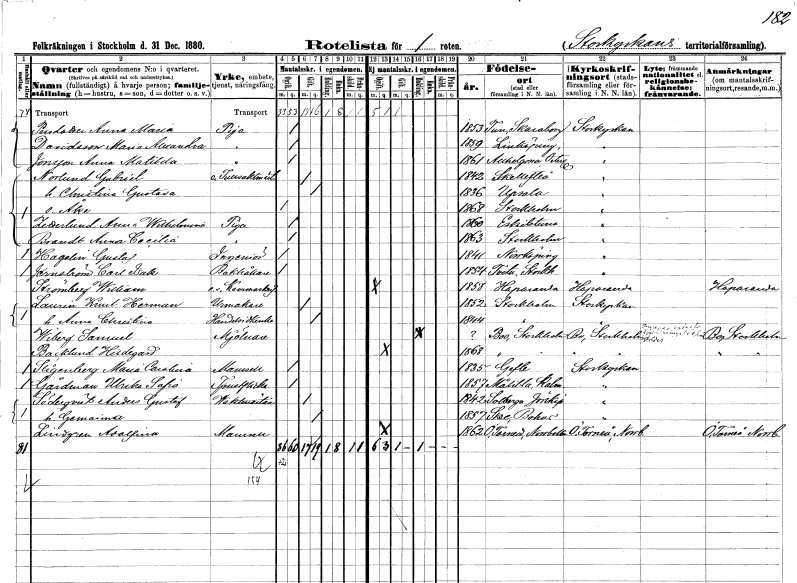
gt_parse: households: individuals: FN: Anna Maria
EN: Persdotter
YRKE: Piga
KON: K
CIV: O
FODAR: 1853
FODFORS: Tun Skaraborgs län
FN: Maria Alexandra
EN: Davidsson
YRKE: Piga
KON: K
CIV: O
FODAR: 1859
FODFORS: Linköping Östergötlands län
FN: Anna Matilda
EN: Jonsson
YRKE: Piga
KON: K
CIV: O
FODAR: 1861
FODFORS: Allhelgona Östergötlands län
FN: Gottfrid
EN: Norlund
YRKE: Tullvaktmästare e.
KON: M
CIV: G
FODAR: 1842
FODFORS: Skellefteå Västerbottens län
FN: Christina Gustava
KON: K
CIV: G
FODAR: 1836
FODFORS: Uppsala Uppsala län
FN: Åke
KON: M
CIV: O
FODAR: 1868
FODFORS: Stockholm
FN: Anna wilhelmina
EN: Zetterlund
YRKE: Piga
KON: K
CIV: O
FODAR: 1860
FODFORS: Eskilstuna Södermanlands län
FN: Anna Cecilia
EN: Brandt
YRKE: Piga
KON: K
CIV: O
FODAR: 1863
FODFORS: Stockholm
FN: Gustaf
EN: Hagelin
YRKE: Ingenjör
KON: M
CIV: O
FODAR: 1841
FODFORS: Norrköping Östergötlands län
FN: Carl Isak
EN: Jernström
YRKE: Bokhållare
KON: M
CIV: O
FODAR: 1854
FODFORS: Tveta Stockholms län
FN: William
EN: Strömberg
YRKE: Kammarskrivare e. o.
KON: M
CIV: O
FODAR: 1858
FODFORS: Haparanda Norrbottens län
FN: Knut Herman
EN: Laurin
YRKE: Urmakare
KON: M
CIV: G
FODAR: 1852
FODFORS: Stockholm
FN: Anna Christina
YRKE: Handelsidkerska
KON: K
CIV: G
FODAR: 1844
FODFORS: Stockholm
FN: Samuel
EN: Wiberg
YRKE: Mjölnare
KON: M
CIV: E
FODAR: ????
FODFORS: Boo Stockholms län
FN: Hildegard
EN: Backlund
KON: K
CIV: O
FODAR: 1868
FODFORS: Boo Stockholms län
FN: Maria Carolina
EN: Stigenberg
KON: K
CIV: O
FODAR: 1835
FODFORS: Gävle Gävleborgs län
FN: Ulrika Sofia
EN: Gårdman
YRKE: Tjänsteflicka
KON: K
CIV: O
FODAR: 1857
FODFORS: Målilla med Gårdveda Kalmar län
FN: Anders Gustaf
EN: Söderqvist
YRKE: Vaktmästare
KON: M
CIV: G
FODAR: 1842
FODFORS: Solberga Göteborgs- och Bohuslän
FN: Gemaindt
KON: K
CIV: G
FODAR: 1857
FODFORS: Skede Göteborgs- och Bohuslän
FN: Adolfina
EN: Lindgren
KON: K
CIV: O
FODAR: 1862
FODFORS: Övertorneå Norrbottens län